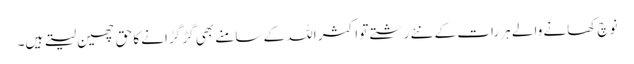
نوچ کھانے والے ہر رات کے نئے رشتے تو اکثر اللہ کے سامنے بھی گڑ گڑانے کا حق چھین لیتے ہیں۔